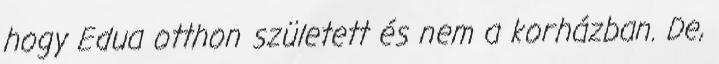
hogy Edua otthon született és nem a korházban. De,